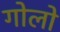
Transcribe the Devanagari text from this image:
गोलो